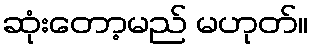
ဆုံးတော့မည် မဟုတ်။